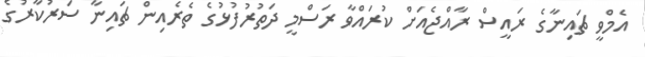
އެމްވީ ޗައިނާގެ ރައީސް ރާއްޖެއަށް ކުރައްވާ ރަސްމީ ދަތުރުފުޅުގެ ތެރެއިން ޗައިނާ ސަރުކާރުގެ